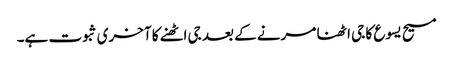
مسیح یسوع کا جی اٹھنا مرنے کے بعد جی اٹھنے کا آخری ثبوت ہے۔